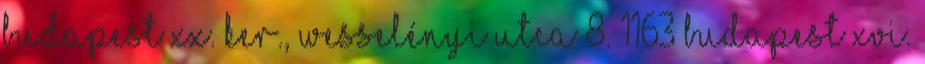
Budapest XX. ker., Wesselényi utca 8. 1163 Budapest XVI.